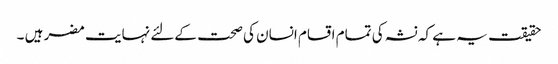
حقیقت یہ ہے کہ نشہ کی تمام اقسام انسان کی صحت کےلئے نہایت مضر ہیں ۔